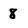
Character: 8